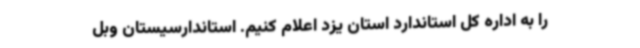
را به اداره کل استاندارد استان یزد اعلام کنیم. استاندارسیستان وبل